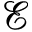
\mathcal E